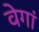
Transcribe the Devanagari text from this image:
वेगां